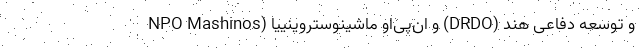
و توسعه دفاعی هند (DRDO) و ان‌پی‌او ماشینوستروینییا (NPO Mashinos